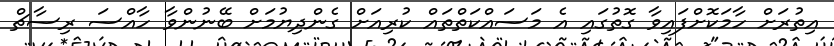
އިތުރަށް ހާމަކޮށްފައިވާ ގޮތުގައި އެ މަސައްކަތްތައް ކުރިއަށް ގެންދިޔުމަށް ބޭނުންވާ ހާއްސަ ރިސާޗް